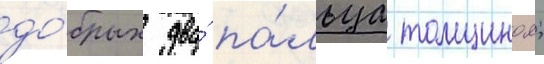
до́брых два́ па́льца толщинои;